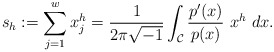
\begin{align*}s_h:=\sum_{j=1}^wx_j^{h}=\frac{1}{2\pi \sqrt{-1}}\int_{\mathcal C}\frac{p'(x)}{p(x)}~x^h ~dx.\end{align*}